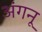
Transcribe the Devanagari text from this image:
अंगनू